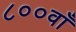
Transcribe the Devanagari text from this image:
८००वाँ